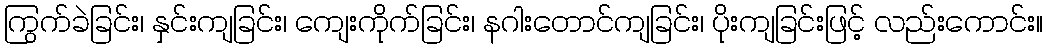
ကြွက်ခဲခြင်း၊ နှင်းကျခြင်း၊ ကျေးကိုက်ခြင်း၊ နဂါးတောင်ကျခြင်း၊ ပိုးကျခြင်းဖြင့် လည်းကောင်း။